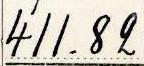
411.82